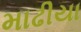
માઢીયા